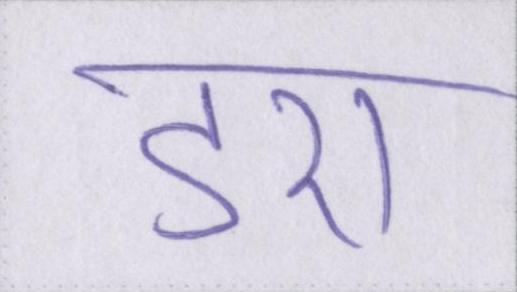
डरा